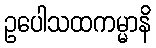
ဥပေါသထကမ္မာနိ